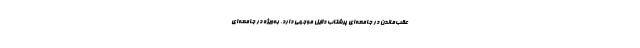
عقب‌ماندن در جامعه‌ای پرشتاب دلایل موجهی دارد، به‌ویژه در جامعه‌ای